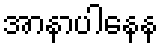
အာနာပါနေန